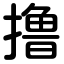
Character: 撸